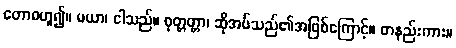
တောစဟူ၍။ မယာ၊ ငါသည်။ ဝုတ္တတ္တာ၊ ဆိုအပ်သည်၏အဖြစ်ကြောင့်။ တနည်းကား။